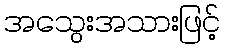
အသွေးအသားဖြင့်